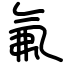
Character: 氟